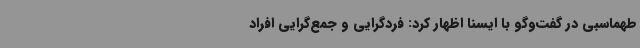
طهماسبی در گفت‌وگو با ایسنا اظهار کرد: فردگرایی و جمع‌گرایی افراد